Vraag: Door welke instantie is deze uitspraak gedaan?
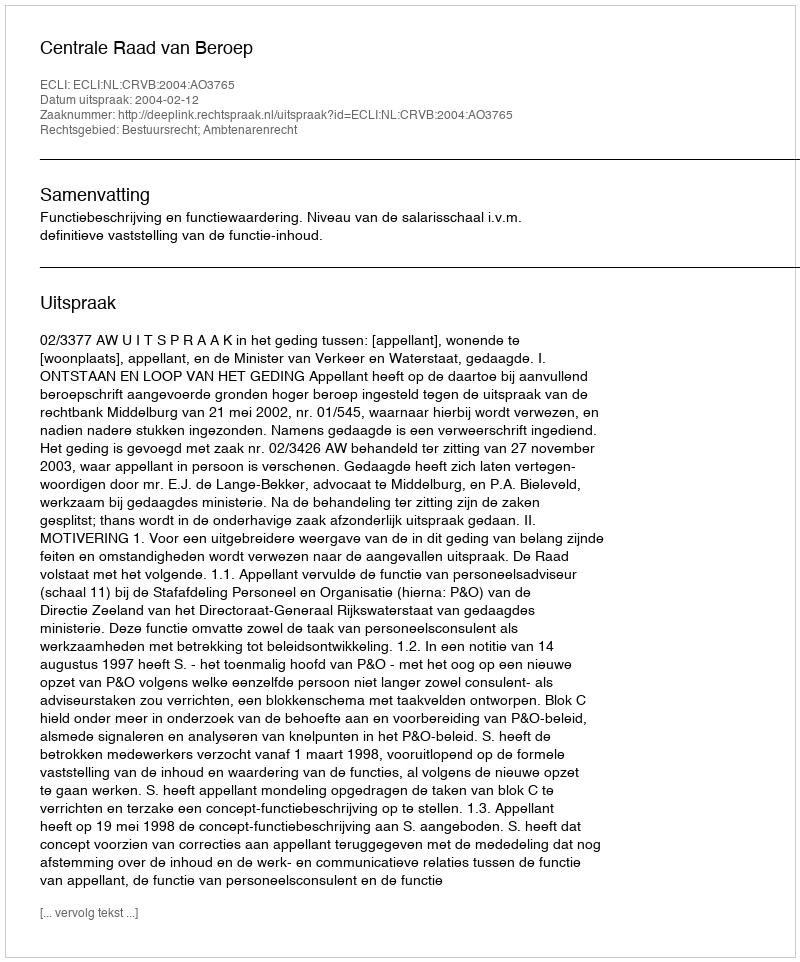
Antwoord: Centrale Raad van Beroep